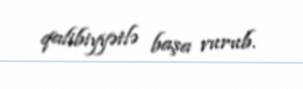
qalibiyyətlə başa vurub.